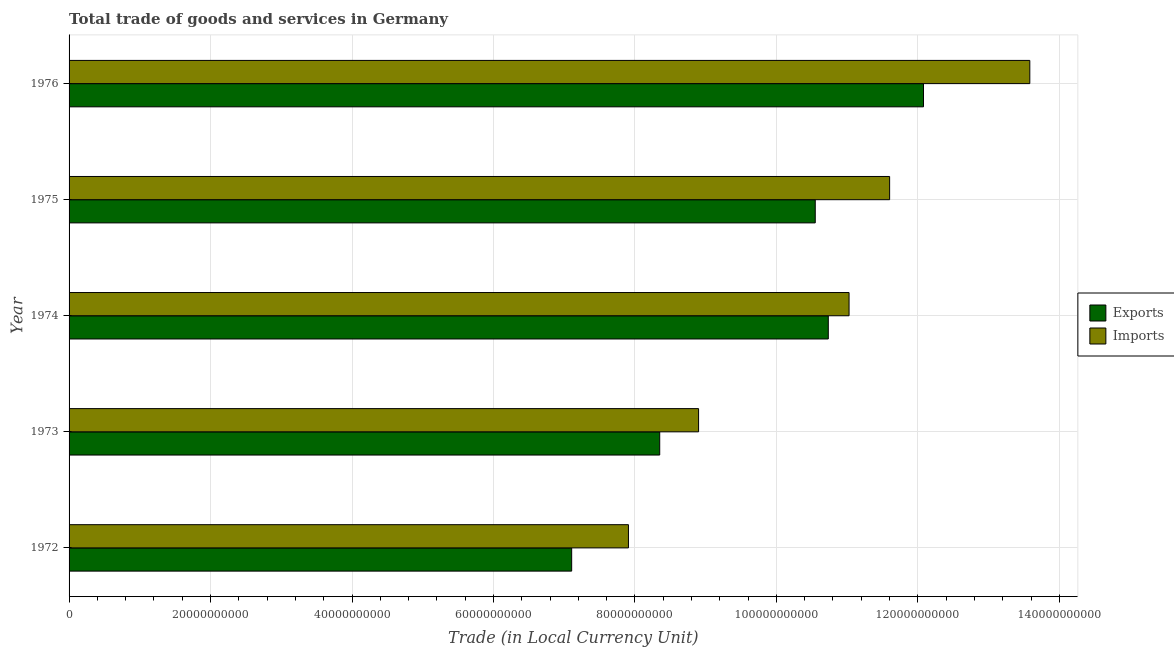
| Year | Exports | Imports |
 | --- | --- | --- |
 | 1972 | 7.11e+10 | 7.91e+10 |
 | 1973 | 8.35e+10 | 8.9e+10 |
 | 1974 | 1.07e+11 | 1.1e+11 |
 | 1975 | 1.05e+11 | 1.16e+11 |
 | 1976 | 1.21e+11 | 1.36e+11 |